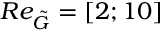
R e _ { \tilde { G } } = [ 2 ; 1 0 ]